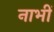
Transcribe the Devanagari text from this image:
नाभीं